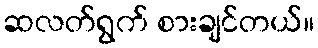
ဆလတ်ရွက် စားချင်တယ်။